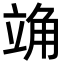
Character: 𫁣